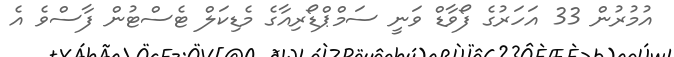
އުމުރުން 33 އަހަަރުގެ ފޯވާޑް ވަނީ ސަމްޕްޑޯރިއާގެ މެޑިކަލް ޓެސްޓުން ފާސްވެ އެ